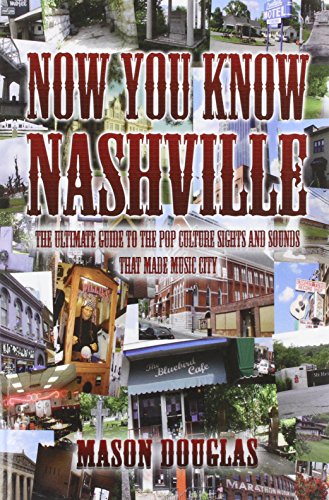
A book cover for Now You Know Nashville: The Ultimate Guide to the Pop Culture Sights and Sounds That Made Music City; Mason Douglas; Travel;